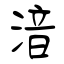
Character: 湆